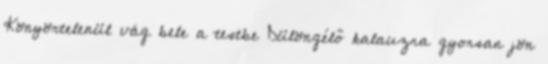
Könyörtelenül vág bele a testbe Dülöngélő kalauzra gyorsan jön